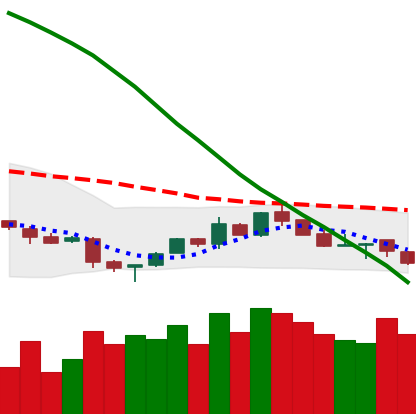
Ticker: NEO-USD
Chart end date: 2018-11-13
Forward return: -18.082%
Label: down_7plus